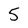
Character: 5